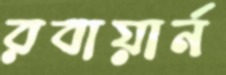
রবায়ার্ন